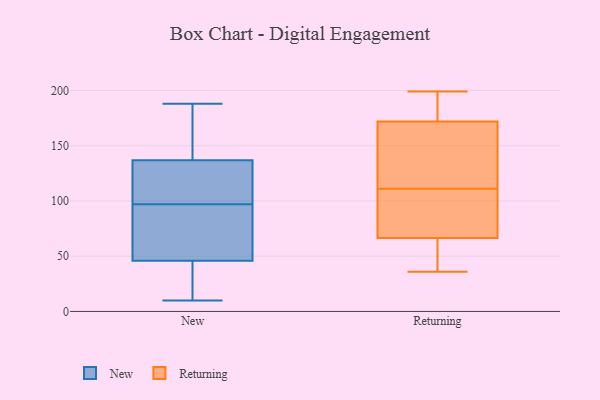
{"axis": {"x": "Headcount", "y": "Value"}, "legend": ["New", "Returning"], "data": [{"x": "", "y": 97, "type": "New"}, {"x": "", "y": 14, "type": "New"}, {"x": "", "y": 162, "type": "New"}, {"x": "", "y": 154, "type": "New"}, {"x": "", "y": 10, "type": "New"}, {"x": "", "y": 133, "type": "New"}, {"x": "", "y": 124, "type": "New"}, {"x": "", "y": 46, "type": "New"}, {"x": "", "y": 106, "type": "New"}, {"x": "", "y": 62, "type": "New"}, {"x": "", "y": 11, "type": "New"}, {"x": "", "y": 138, "type": "New"}, {"x": "", "y": 63, "type": "New"}, {"x": "", "y": 188, "type": "New"}, {"x": "", "y": 46, "type": "New"}, {"x": "", "y": 171, "type": "Returning"}, {"x": "", "y": 79, "type": "Returning"}, {"x": "", "y": 160, "type": "Returning"}, {"x": "", "y": 54, "type": "Returning"}, {"x": "", "y": 47, "type": "Returning"}, {"x": "", "y": 162, "type": "Returning"}, {"x": "", "y": 95, "type": "Returning"}, {"x": "", "y": 179, "type": "Returning"}, {"x": "", "y": 109, "type": "Returning"}, {"x": "", "y": 199, "type": "Returning"}, {"x": "", "y": 77, "type": "Returning"}, {"x": "", "y": 119, "type": "Returning"}, {"x": "", "y": 188, "type": "Returning"}, {"x": "", "y": 180, "type": "Returning"}, {"x": "", "y": 89, "type": "Returning"}, {"x": "", "y": 173, "type": "Returning"}, {"x": "", "y": 42, "type": "Returning"}, {"x": "", "y": 113, "type": "Returning"}, {"x": "", "y": 36, "type": "Returning"}, {"x": "", "y": 56, "type": "Returning"}]}